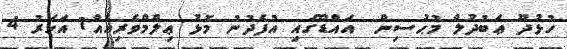
ހުޅުދޫ ޢަބުދުލް މުޙުސިން  އައްޑޫގައި އުފެދުނު މޮޅު ޢިލްމްވެރިއެއް1 އަހަރު 4